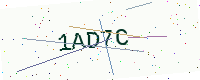
Text: 1AD7C